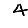
Digit: 4